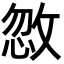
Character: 𪯏